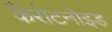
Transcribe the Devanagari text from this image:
कैरोटनोइड